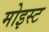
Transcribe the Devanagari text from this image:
मोइस्ट